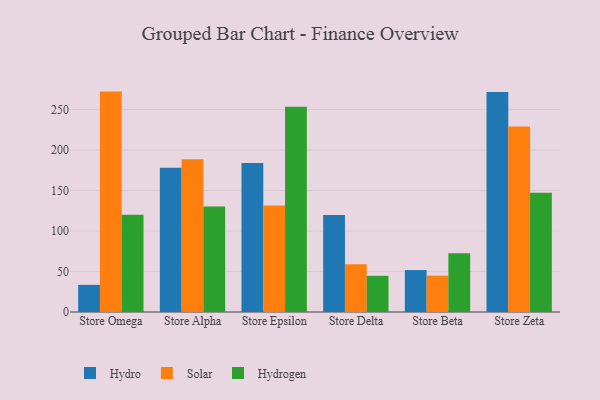
{"axis": {"x": "Store", "y": "Page Views"}, "legend": ["Hydro", "Hydrogen", "Solar"], "data": [{"x": "Store Omega", "y": 33.5, "type": "Hydro"}, {"x": "Store Omega", "y": 272.2, "type": "Solar"}, {"x": "Store Omega", "y": 120.2, "type": "Hydrogen"}, {"x": "Store Alpha", "y": 178.2, "type": "Hydro"}, {"x": "Store Alpha", "y": 188.6, "type": "Solar"}, {"x": "Store Alpha", "y": 130.4, "type": "Hydrogen"}, {"x": "Store Epsilon", "y": 184.0, "type": "Hydro"}, {"x": "Store Epsilon", "y": 131.4, "type": "Solar"}, {"x": "Store Epsilon", "y": 253.4, "type": "Hydrogen"}, {"x": "Store Delta", "y": 119.8, "type": "Hydro"}, {"x": "Store Delta", "y": 59.1, "type": "Solar"}, {"x": "Store Delta", "y": 44.7, "type": "Hydrogen"}, {"x": "Store Beta", "y": 51.8, "type": "Hydro"}, {"x": "Store Beta", "y": 44.9, "type": "Solar"}, {"x": "Store Beta", "y": 72.5, "type": "Hydrogen"}, {"x": "Store Zeta", "y": 271.7, "type": "Hydro"}, {"x": "Store Zeta", "y": 229.2, "type": "Solar"}, {"x": "Store Zeta", "y": 147.2, "type": "Hydrogen"}]}